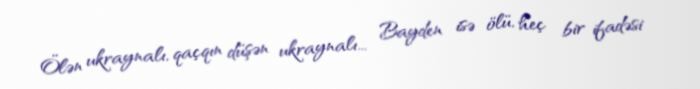
Ölən ukraynalı, qaçqın düşən ukraynalı... Bayden isə ölü, heç bir ifadəsi